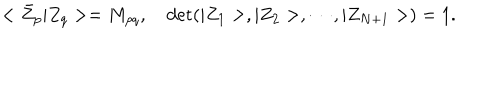
LaTeX: < \bar { Z } _ { p } \vert Z _ { q } > = M _ { p q } , \quad \mathrm { d e t } ( \vert Z _ { 1 } > , \vert Z _ { 2 } > , \cdots , \vert Z _ { N + 1 } > ) = 1 .